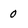
Character: 0